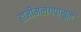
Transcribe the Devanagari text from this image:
हाजीमलंगपासून